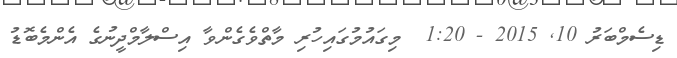
ޑިސެމްބަރު 10